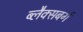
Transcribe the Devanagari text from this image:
ब्लैक्सबर्ग